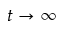
t \to \infty